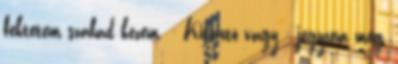
fektetem szabad kezem. - Kitartó vagy - jegyzem meg,